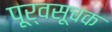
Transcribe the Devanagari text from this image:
पूर्वसूचक